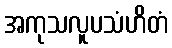
အကုသလူပသံဟိတံ